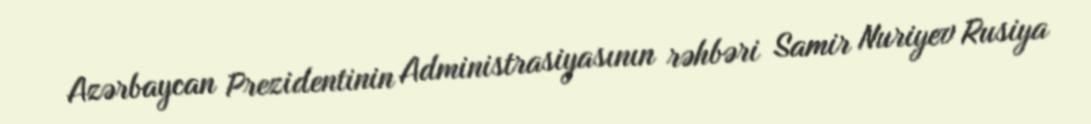
Azərbaycan Prezidentinin Administrasiyasının rəhbəri Samir Nuriyev Rusiya